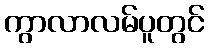
ကွာလာလမ်ပူတွင်